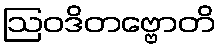
ဩဝဒိတဗ္ဗောတိ